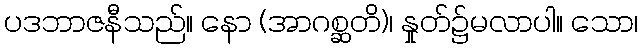
ပဒဘာဇနီသည်။ နော (အာဂစ္ဆတိ)၊ နှုတ်၌မလာပါ။ သော၊